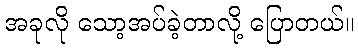
အခုလို သော့အပ်ခဲ့တာလို့ ပြောတယ်။